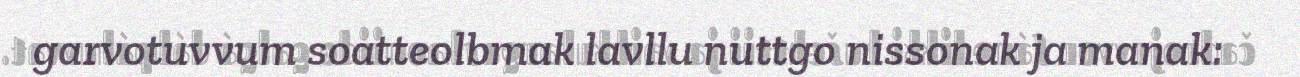
garvotuvvum soatteolbmak lavllu nuttgo nissonak ja manak: